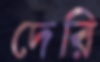
দেরি